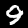
Label: 9